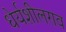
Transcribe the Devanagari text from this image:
धेर्यशीलराव